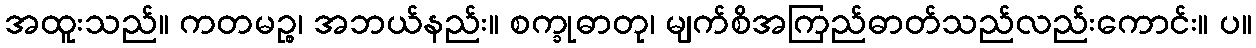
အထူးသည်။ ကတမဉ္စ၊ အဘယ်နည်း။ စက္ခုဓာတု၊ မျက်စိအကြည်ဓာတ်သည်လည်းကောင်း။ ပ။